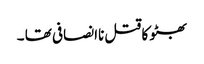
بھٹو کا قتل ناانصافی تھا ۔